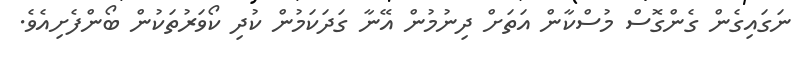
ނަގައިގެން ގެންގޮސް މުސްކާން އަތަށް ދިނުމުން އޭނާ ގަދަކަމުން ކުދި ކޯވަރުތަކުން ބޯންފެށިއެވެ.